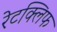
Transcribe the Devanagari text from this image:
रेटक्लिफ